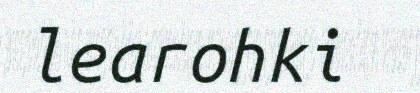
learohki